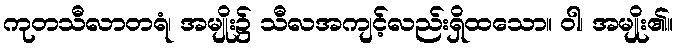
ကုတသီလာတရံ၊ အမျိုး၌ သီလအကျင့်လည်းရှိထသော။ ဝါ၊ အမျိုး၏။